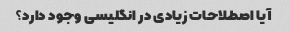
آیا اصطلاحات زیادی در انگلیسی وجود دارد؟